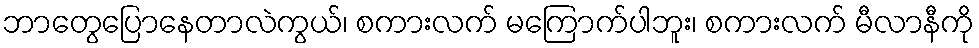
ဘာတွေပြောနေတာလဲကွယ်၊ စကားလက် မကြောက်ပါဘူး၊ စကားလက် မီလာနီကို